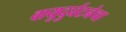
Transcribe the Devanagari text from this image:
वायुदुर्घटनेचा